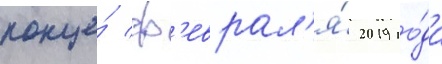
конце́ ф'еврал'я́ 2019 го́да